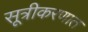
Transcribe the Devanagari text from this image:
सूत्रीकरणात